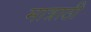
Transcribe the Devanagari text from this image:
मात्राठी